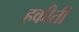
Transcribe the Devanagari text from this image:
हकीती